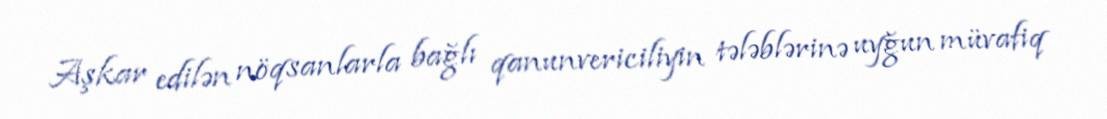
Aşkar edilən nöqsanlarla bağlı qanunvericiliyin tələblərinə uyğun müvafiq